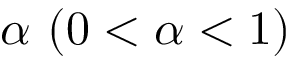
\alpha \ ( 0 < \alpha < 1 )